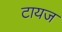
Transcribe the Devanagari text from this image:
टायज